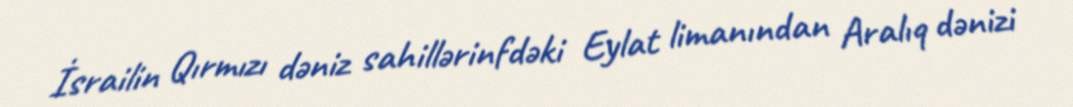
İsrailin Qırmızı dəniz sahillərinfdəki Eylat limanından Aralıq dənizi